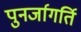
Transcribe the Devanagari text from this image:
पुनर्जागर्ति